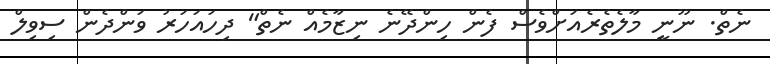
ނެތް. ނޫނީ މާލެތެެރެއަށްވެސް ފެން ހިންދޭނެ ނިޒާމެއް ނެތް" ދިހައަހަރު ވަންދެން ސިވިލް